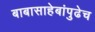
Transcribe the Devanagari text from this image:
बाबासाहेबांपुढेच